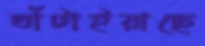
ঘাঁটাইয়াছে